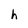
Character: h